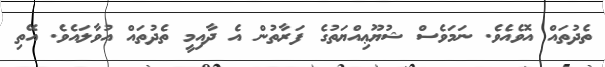
ތެދުތައް އޮވެއެވެ. ނަމަވެސް ޝުޔޫޢިއްޔަތުގެ ފަރާތުން އެ ދާއިމީ ތެދުތައް އުވާލައެވެ. އޭތި